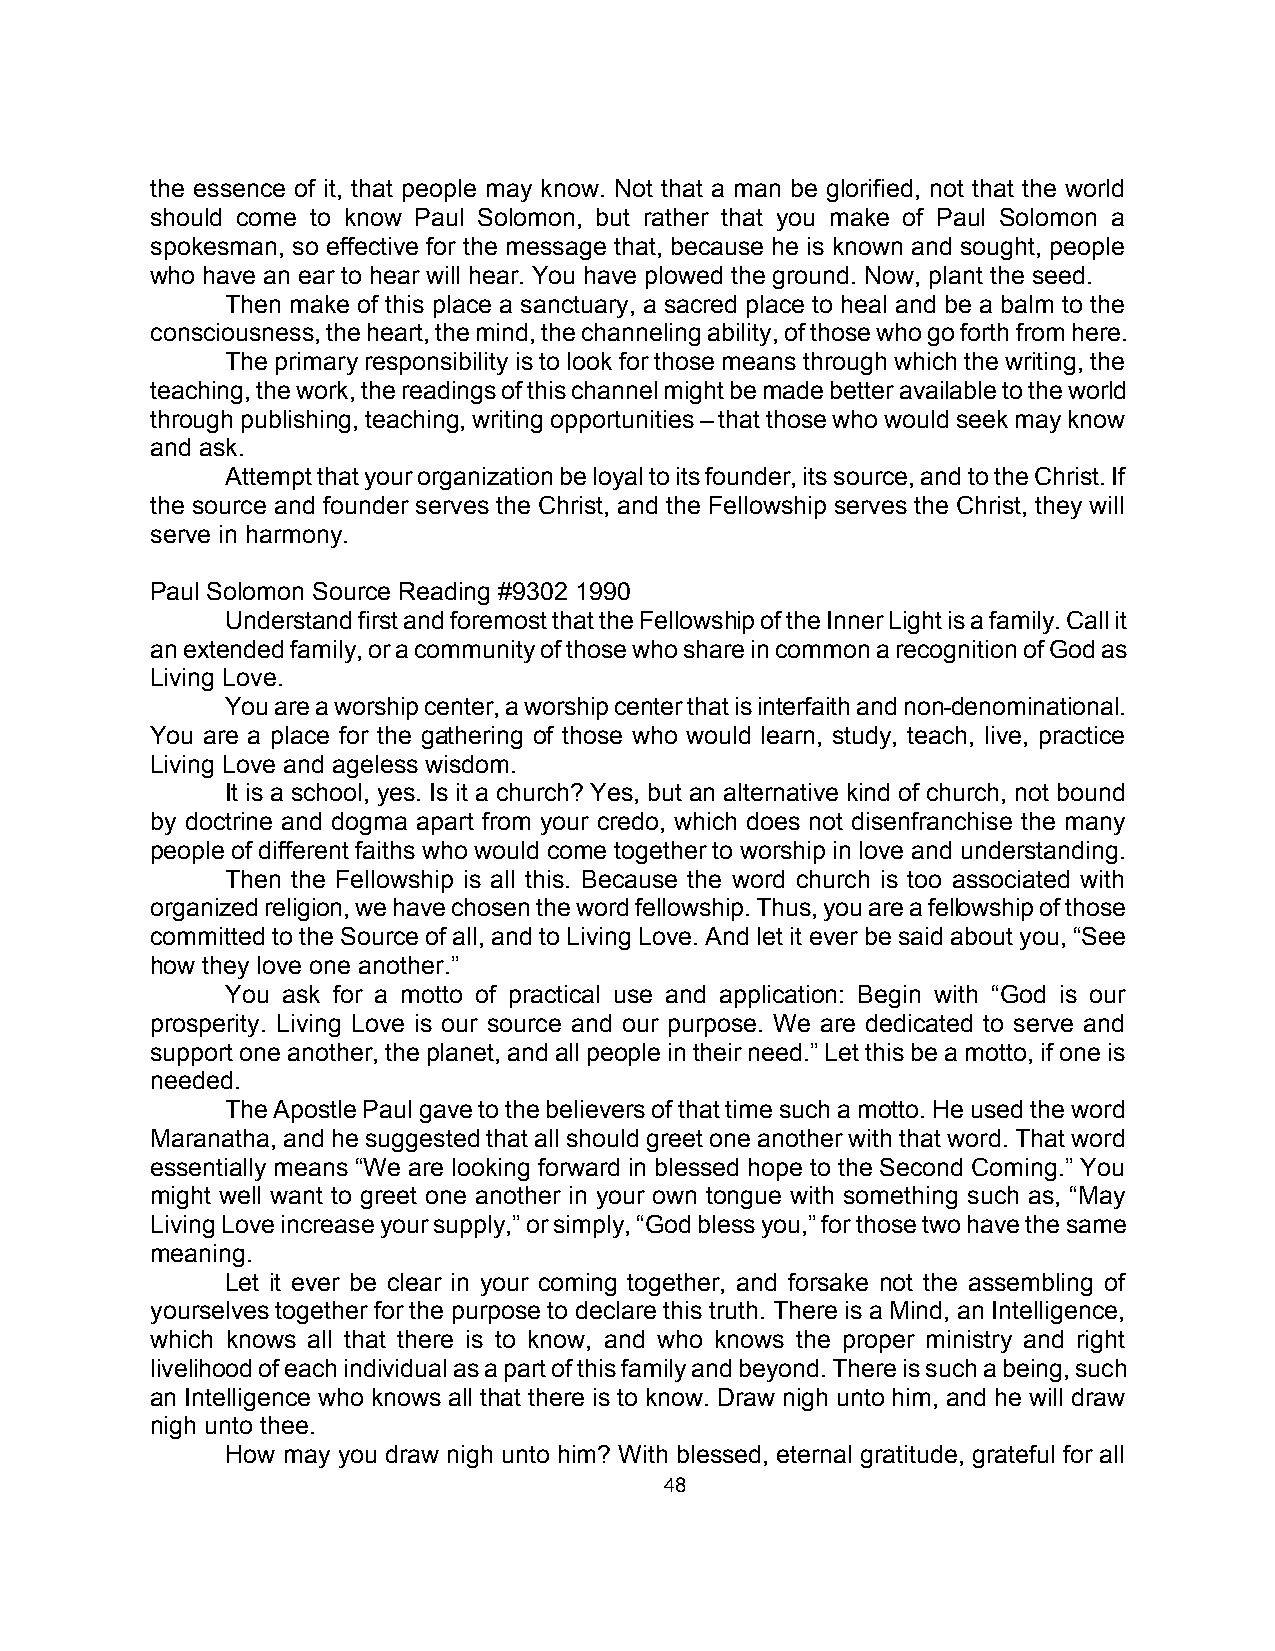
the essence of it, that people may know. Not that a man be glorified, not that the world
 should come to know Paul Solomon, but rather that you make of Paul Solomon a
 spokesman, so effective for the message that, because he is known and sought, people
 who have an ear to hear will hear. You have plowed the ground. Now, plant the seed.
 Then make of this place a sanctuary, a sacred place to heal and be a balm to the
 consciousness, the heart, the mind, the channeling ability, of those who go forth from here.
 The primary responsibility is to look for those means through which the writing, the
 teaching, the work, the readings of this channel might be made better available to the world
 through publishing, teaching, writing opportunities – that those who would seek may know
 and ask.
 Attempt that your organization be loyal to its founder, its source, and to the Christ. If
 the source and founder serves the Christ, and the Fellowship serves the Christ, they will
 serve in harmony.
 Paul Solomon Source Reading #9302 1990
 Understand first and foremost that the Fellowship of the Inner Light is a family. Call it
 an extended family, or a community of those who share in common a recognition of God as
 Living Love.
 You are a worship center, a worship center that is interfaith and non-denominational.
 You are a place for the gathering of those who would learn, study, teach, live, practice
 Living Love and ageless wisdom.
 It is a school, yes. Is it a church? Yes, but an alternative kind of church, not bound
 by doctrine and dogma apart from your credo, which does not disenfranchise the many
 people of different faiths who would come together to worship in love and understanding.
 Then the Fellowship is all this. Because the word church is too associated with
 organized religion, we have chosen the word fellowship. Thus, you are a fellowship of those
 committed to the Source of all, and to Living Love. And let it ever be said about you, “See
 how they love one another.”
 You ask for a motto of practical use and application: Begin with “God is our
 prosperity. Living Love is our source and our purpose. We are dedicated to serve and
 support one another, the planet, and all people in their need.” Let this be a motto, if one is
 needed.
 The Apostle Paul gave to the believers of that time such a motto. He used the word
 Maranatha, and he suggested that all should greet one another with that word. That word
 essentially means “We are looking forward in blessed hope to the Second Coming.” You
 might well want to greet one another in your own tongue with something such as, “May
 Living Love increase your supply,” or simply, “God bless you,” for those two have the same
 meaning.
 Let it ever be clear in your coming together, and forsake not the assembling of
 yourselves together for the purpose to declare this truth. There is a Mind, an Intelligence,
 which knows all that there is to know, and who knows the proper ministry and right
 livelihood of each individual as a part of this family and beyond. There is such a being, such
 an Intelligence who knows all that there is to know. Draw nigh unto him, and he will draw
 nigh unto thee.
 How may you draw nigh unto him? With blessed, eternal gratitude, grateful for all
 48